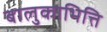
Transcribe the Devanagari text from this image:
बालुकाभित्ति